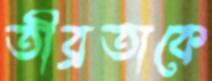
তীব্রতাকে